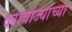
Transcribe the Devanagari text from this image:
दरावाज्याच्या